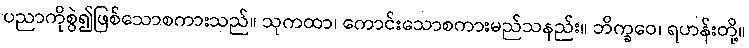
ပညာကိုစွဲ၍ဖြစ်သောစကားသည်။ သုကထာ၊ ကောင်းသောစကားမည်သနည်း။ ဘိက္ခဝေ၊ ရဟန်းတို့။